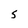
Character: 5